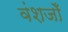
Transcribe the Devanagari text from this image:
वंशजोँ